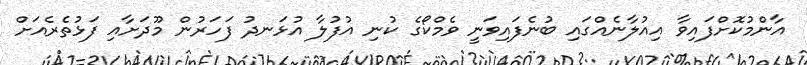
އާންމުކޮށްފައިވާ އިއުލާނެއްގައި ބުނެފައިވަނީ ވެމްކޯގެ ކުނި އުފުލާ އުޅަނދު ފަހަރުން މޫދަށާއި ފަޅުތެރެއަށް